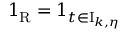
1 _ { \mathrm { R } } = 1 _ { t \in \mathrm { I } _ { k , \eta } }